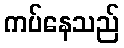
ကပ်နေသည်